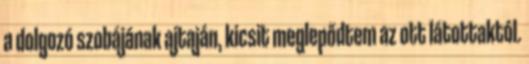
a dolgozó szobájának ajtaján, kicsit meglepődtem az ott látottaktól.